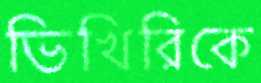
ভিখিরিকে